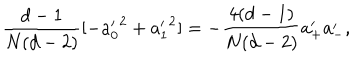
{ \frac { d - 1 } { N ( d - 2 ) } } [ - { a _ { 0 } ^ { \prime } } ^ { 2 } + { a _ { 1 } ^ { \prime } } ^ { 2 } ] = - \frac { 4 ( d - 1 ) } { N ( d - 2 ) } { a } _ { + } ^ { \prime } { a } _ { - } ^ { \prime } ,